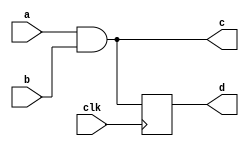
// This program was cloned from: https://github.com/lnis-uofu/OpenFPGA
// License: MIT License

/////////////////////////////////////////
//  Functionality: 2-input AND with clocked 
//                 and combinational outputs 
////////////////////////////////////////

`timescale 1ns / 1ps

module and2_latch(
  a,
  b,
  clk,
  c,
  d);

input wire clk;

input wire a;
input wire b;
output wire c;
output reg d;

assign c = a & b;

always @(posedge clk) begin
  d <= c;
end

endmodule